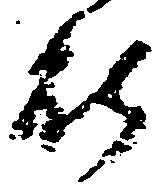
能